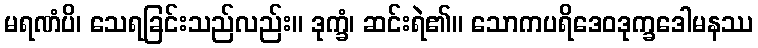
မရဏံပိ၊ သေရခြင်းသည်လည်း။ ဒုက္ခံ၊ ဆင်းရဲ၏။ သောကပရိဒေဝဒုက္ခဒေါမနဿ